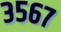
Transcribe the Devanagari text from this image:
३५६७